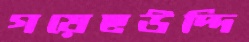
গয়েছউদ্দি